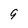
Character: g